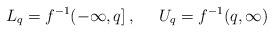
LaTeX: \begin{align*}L_q = f^{-1}(-\infty,q]\,, \;\;\;\;\; U_q = f^{-1}(q,\infty)\end{align*}